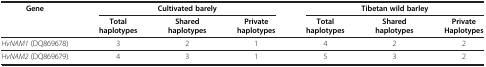
<table><thead><tr><td><b>Gene</b></td><td colspan="3"><b>Cultivated barely</b></td><td colspan="3"><b>Tibetan wild barley</b></td></tr><tr><td><b> </b></td><td><b>Total haplotypes</b></td><td><b>Shared haplotypes</b></td><td><b>Private haplotypes</b></td><td><b>Total haplotypes</b></td><td><b>Shared haplotypes</b></td><td><b>Private Haplotypes</b></td></tr></thead><tbody><tr><td><i>HvNAM1</i> (DQ869678)</td><td>3</td><td>2</td><td>1</td><td>4</td><td>2</td><td>2</td></tr><tr><td><i>HvNAM2</i> (DQ869679)</td><td>4</td><td>3</td><td>1</td><td>5</td><td>3</td><td>2</td></tr></tbody></table>